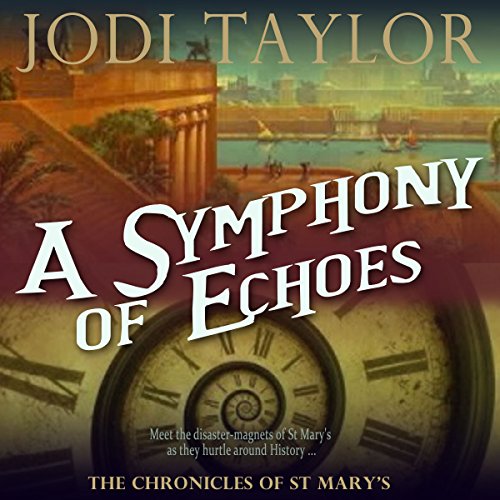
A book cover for A Symphony of Echoes: The Chronicles of St Mary's, Book 2; Jodi Taylor; Science Fiction & Fantasy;